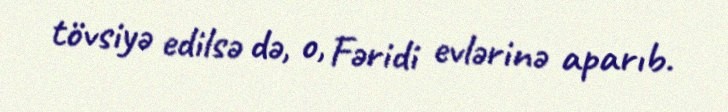
tövsiyə edilsə də, o, Fəridi evlərinə aparıb.